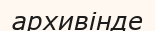
архивінде